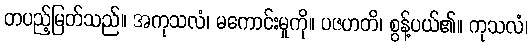
တပည့်မြတ်သည်။ အကုသလံ၊ မကောင်းမှုကို။ ပဇဟတိ၊ စွန့်ပယ်၏။ ကုသလံ၊